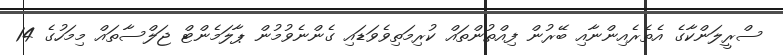
ސްރީލަންކާގެ އެތެރެއިންނާއި ބޭރުން ފިއްތުންތައް ކުރިމަތިވެވަޑައި ގެންނެވުމުން ޕާލަމެންޓް ޖަލްސާތައް މިމަހުގެ 14